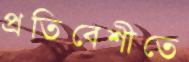
প্রতিবেশীতে